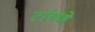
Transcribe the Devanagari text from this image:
टांगणे